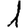
Digit: 1